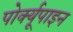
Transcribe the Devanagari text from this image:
पोर्क्यूपाइन